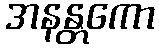
အနန္တကော